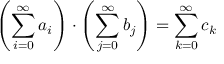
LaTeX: \left( \sum _ { i = 0 } ^ { \infty } a _ { i } \right) \cdot \left( \sum _ { j = 0 } ^ { \infty } b _ { j } \right) = \sum _ { k = 0 } ^ { \infty } c _ { k }